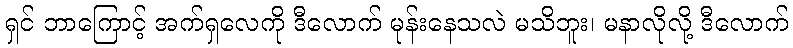
ရှင် ဘာကြောင့် အက်ရှလေကို ဒီလောက် မုန်းနေသလဲ မသိဘူး၊ မနာလိုလို့ ဒီလောက်